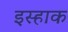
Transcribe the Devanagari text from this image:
इस्हाक